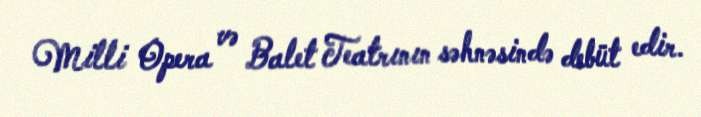
Milli Opera və Balet Teatrının səhnəsində debüt edir.